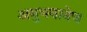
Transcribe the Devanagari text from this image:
अनुभवानेच